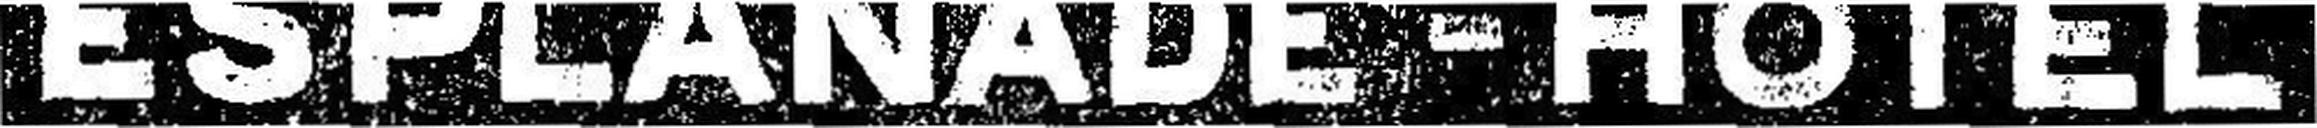
ESPLANADE-HÔTEL